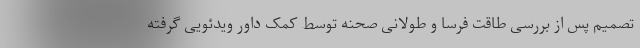
تصمیم پس از بررسی طاقت فرسا و طولانی صحنه توسط کمک داور ویدئویی گرفته